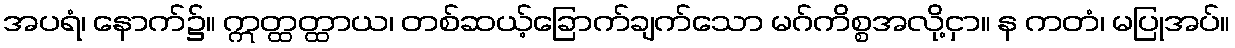
အပရံ၊ နောက်၌။ ဣတ္ထတ္ထာယ၊ တစ်ဆယ့်ခြောက်ချက်သော မဂ်ကိစ္စအလို့ငှာ။ န ကတံ၊ မပြုအပ်။